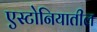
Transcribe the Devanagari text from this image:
एस्टोनियातील